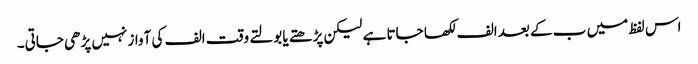
اس لفظ میں ب کے بعد الف لکھا جاتا ہے لیکن پڑھتے یا بولتے وقت الف کی آواز نہیں پڑھی جاتی۔